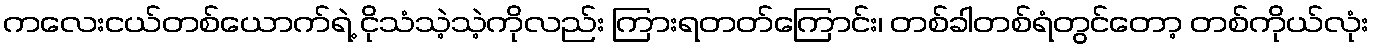
ကလေးငယ်တစ်ယောက်ရဲ့ ငိုသံသဲ့သဲ့ကိုလည်း ကြားရတတ်ကြောင်း၊ တစ်ခါတစ်ရံတွင်တော့ တစ်ကိုယ်လုံး